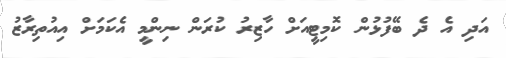
އަދި އެ ދެ ބޭފުޅުން ކޮމިޓީއަށް ހާޒިރު ކުރަން ނިންމީ އެކަމަށް އިއުތިރާޒު